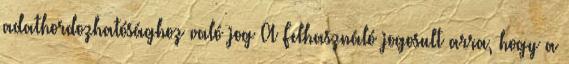
adathordozhatósághoz való jog A Felhasználó jogosult arra, hogy a